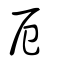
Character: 戺